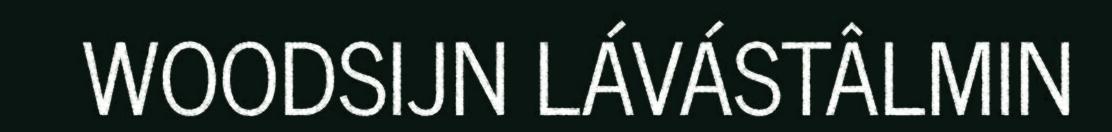
WOODSIJN LÁVÁSTÂLMIN